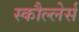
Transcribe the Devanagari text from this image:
स्कौल्लेर्स